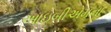
આઇબીએમના